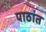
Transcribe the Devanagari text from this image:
पाठांत